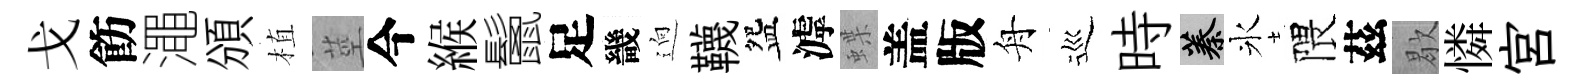
戈飭澠頒植莖今緱鬛足畿逈韈盌滹蝶盖版舟巡時蓁氷隈茲歇憐宮